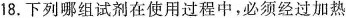
18.下列哪组试剂在使用过程中，必须经过加热